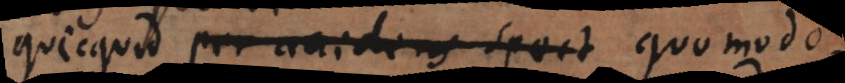
Quicquid per accidens spect quomodo